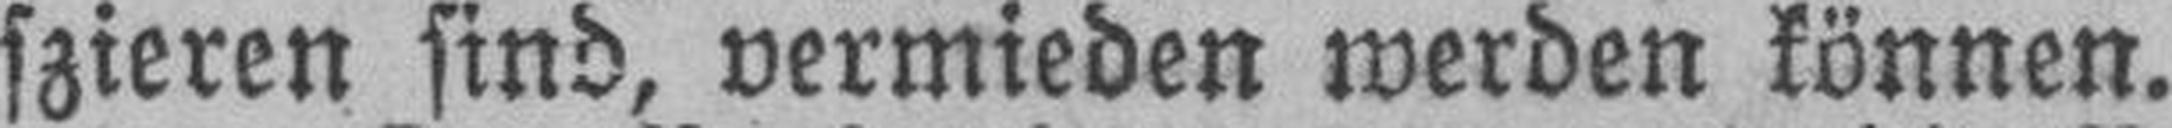
szieren sind, vermieden werden können.